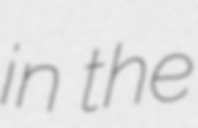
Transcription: in the